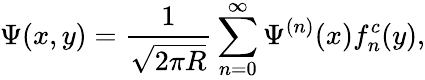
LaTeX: \Psi({x},y)=\frac{1}{\sqrt{2\pi R}}\sum_{n=0}^{\infty}\Psi^{(n)}({x})f_{n}^{c}(y),